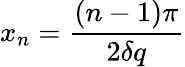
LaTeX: x_{n}=\frac{(n-1)\pi}{2\delta q}